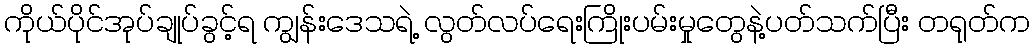
ကိုယ်ပိုင်အုပ်ချုပ်ခွင့်ရ ကျွန်းဒေသရဲ့ လွတ်လပ်ရေးကြိုးပမ်းမှုတွေနဲ့ပတ်သက်ပြီး တရုတ်က